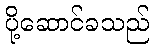
ပို့ဆောင်ခသည်